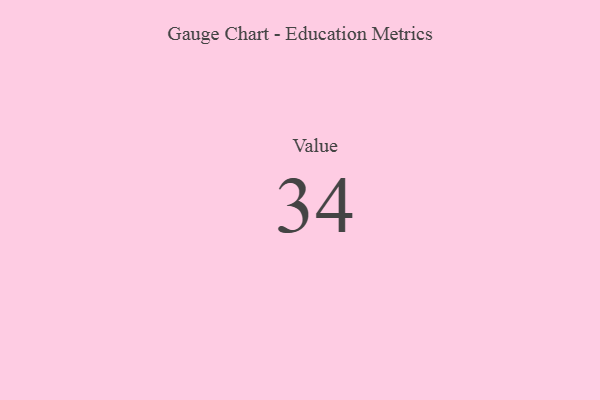
{"axis": {"x": "Metric", "y": "Value"}, "legend": [""], "data": [{"x": "Value", "y": 34, "type": ""}]}